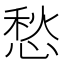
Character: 愁